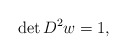
\begin{align*}\det D^{2}w=1,\end{align*}